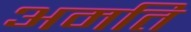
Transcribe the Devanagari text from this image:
अमति